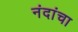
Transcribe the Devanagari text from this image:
नंदांचा